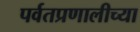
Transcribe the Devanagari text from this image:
पर्वतप्रणालीच्या